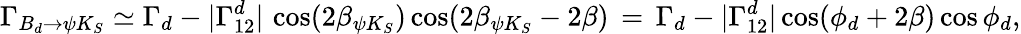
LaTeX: \Gamma_{B_{d}\to\psi K_{S}}\simeq\Gamma_{d}-|\Gamma_{12}^{d}|\, \cos(2\beta_{\psi K_{S}})\cos(2\beta_{\psi K_{S}}-2\beta)\, =\, \Gamma_{d}-|\Gamma_{12}^{d}|\cos(\phi_{d}+2\beta)\cos\phi_{d},